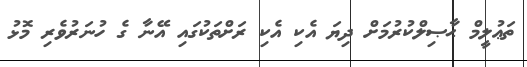
ތަޢުލީމް ޙާޞިލްކުރުމަށް ދިޔަ އެކި އެކި ރަށްތަކުގައި އޭނާ ގެ ހުނަރުވެރި މޮޅު